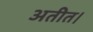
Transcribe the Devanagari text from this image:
अतीत।